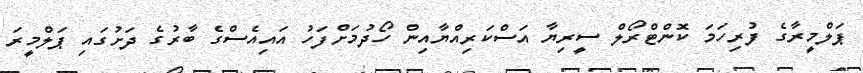
ޕަލްމީރާގެ ފުރިހަމަ ކޮންޓްރޯލް ސީރިޔާ އަސްކަރިއްޔާއިން ހޯދުމަށްފަހު އައިއެސްގެ ބާރުގެ ދަށުގައި ޕަލްމީރަ